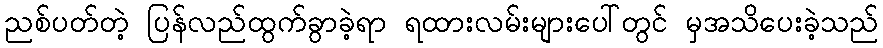
ညစ်ပတ်တဲ့ ပြန်လည်ထွက်ခွာခဲ့ရာ ရထားလမ်းများပေါ်တွင် မှအသိပေးခဲ့သည်